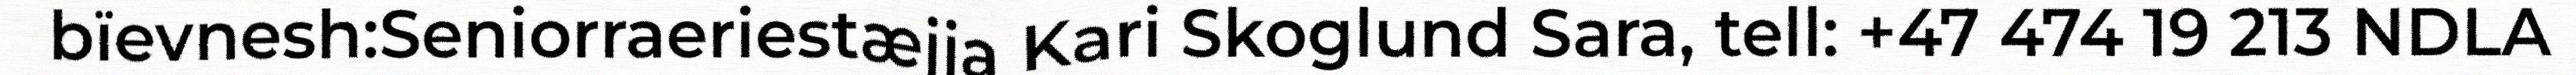
bïevnesh:Seniorraeriestæjja Kari Skoglund Sara, tell: +47 474 19 213 NDLA